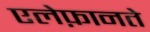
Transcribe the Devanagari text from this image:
एलेफ़ानते